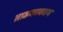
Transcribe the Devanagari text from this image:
ताडकावधम